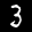
Label: 3